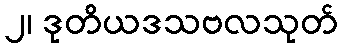
၂၊ ဒုတိယဒသဗလသုတ်